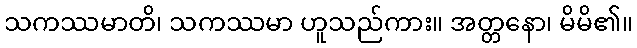
သကဿမာတိ၊ သကဿမာ ဟူသည်ကား။ အတ္တနော၊ မိမိ၏။